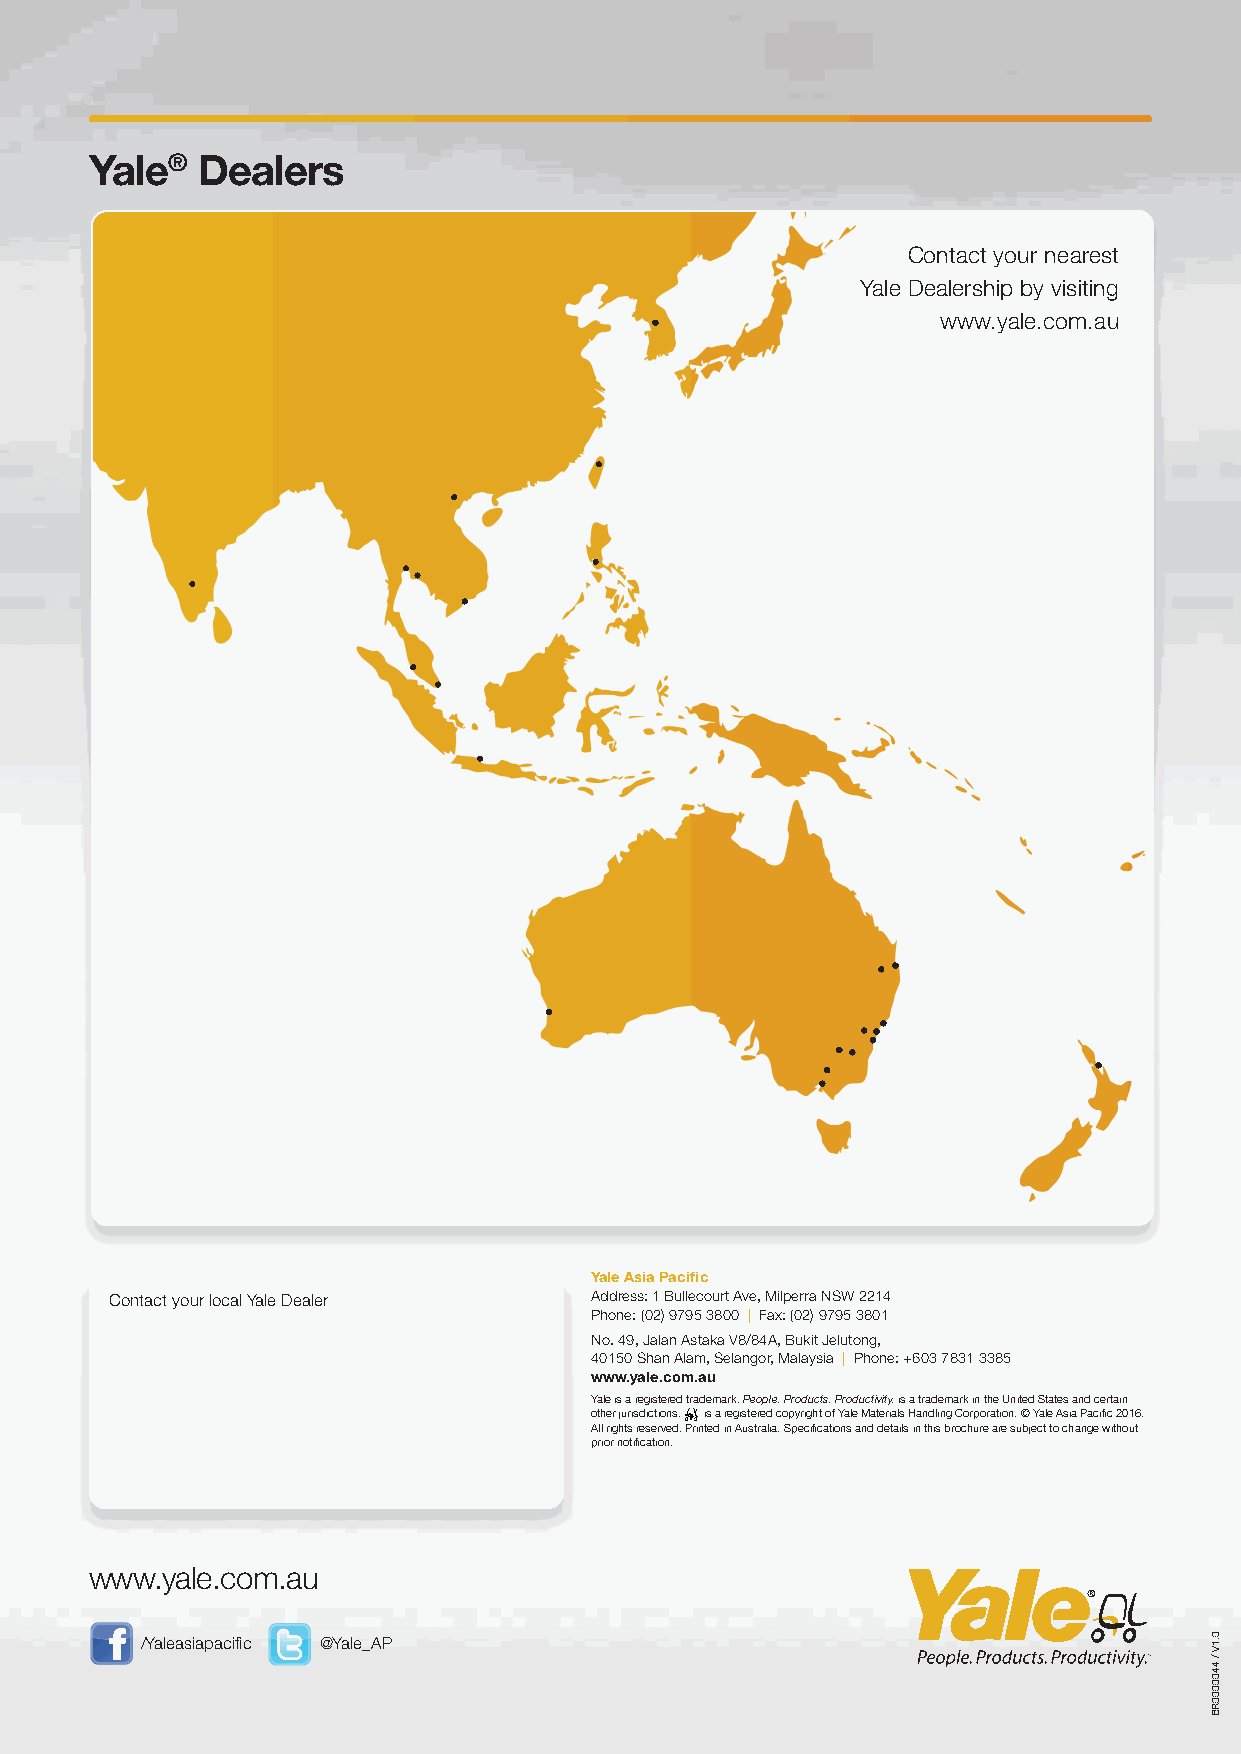
Yale®  Dealers
 Contact your nearest
 Yale Dealership by visiting
 www.yale.com.au
 Yale Asia Pacific
 Contact your local Yale Dealer  Address: 1 Bullecourt Ave, Milperra NSW 2214
 Phone: (02) 9795 3800 | Fax: (02) 9795 3801
 No. 49, Jalan Astaka V8/84A, Bukit Jelutong,
 40150 Shan Alam, Selangor, Malaysia | Phone: +603 7831 3385
 www.yale.com.au
 Yale is a registered trademark. People. Products. Productivity. is a trademark in the United States and certain
 other jurisdictions. is a registered copyright of Yale Materials Handling Corporation. © Yale Asia Pacific 2016.
 All rights reserved. Printed in Australia. Specifications and details in this brochure are subject to change without
 prior notification.
 www.yale.com.au
 /Yaleasiapacific @Yale_AP                                              0.1V
 /
 4400000RB